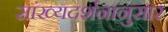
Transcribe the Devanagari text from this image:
सांख्यदर्शनानुसार